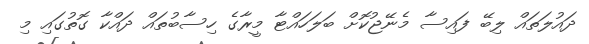
ދައުލަތައް ލިބޭ ފައިސާ މެނޭޖުކޮށް ބަލަހައްޓާ މީރާގެ ހިސާބުތައް ދައްކާ ގޮތުގައި މި